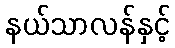
နယ်သာလန်နှင့်